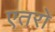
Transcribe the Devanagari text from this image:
एतरो